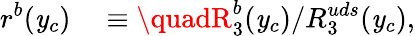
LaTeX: r^{b}(\mathit{y}_{c})\quad\equiv\quadR_{3}^{b}(\mathit{y}_{c})/R_{3}^{uds}(\mathit{y}_{c}),